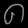
Digit: ၈